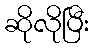
ဆိုလိုပြီး